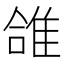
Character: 䧻